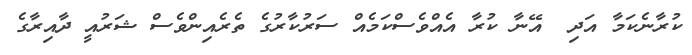
ކުރާނެކަމާ އަދި  އޭނާ ކުރާ އެއްވެސްކަމެއް ސަރުކާރުގެ ތެރެއިންވެސް ޝަރުއީ ދާއިރާގެ